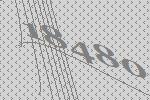
18480